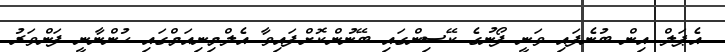
އެޕަލް އިން ބުނެފައި ވަނީ ފޯނުގެ ކޭސިންގައި ބޭނުންކޮށްފައިވާ އެލްމިނިއަމްގައި ހުންނާނީ ފަންވަރު